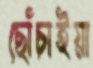
ছোঁচাইয়া